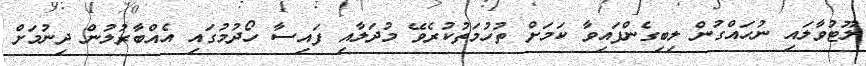
ލޫޓުވާލައި ނުހައްގުން ލިބިގެންފައިވާ ކަމަށް ތުހުމަތުކުރެވޭ މުދަލާއި ފައިސާ ހޯދުމުގައި އެއްބާރުލުން ދިނުމަށް